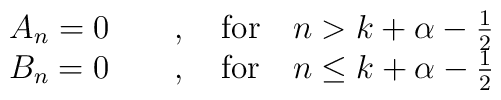
\begin{array}{c}  A_n = 0 \qquad,\quad{\rm for}\quad n> k+\alpha-\frac{1}{2} \\  B_n = 0 \qquad,\quad{\rm for}\quad n\leq k+\alpha-\frac{1}{2}\end{array}